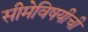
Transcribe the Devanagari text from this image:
सीमेविषयीची